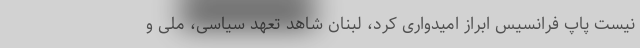
نیست پاپ فرانسیس ابراز امیدواری کرد، لبنان شاهد تعهد سیاسی، ملی و